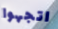
اتجهوا